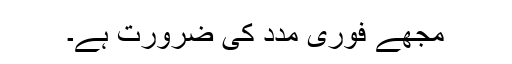
مجھے فوری مدد کی ضرورت ہے۔